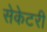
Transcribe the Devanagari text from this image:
सेकेटरी